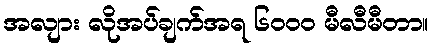
အလျား လိုအပ်ချက်အရ ၆၀၀၀ မီလီမီတာ။